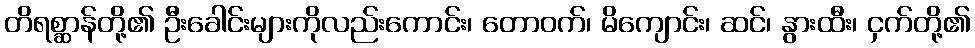
တိရစ္ဆာန်တို့၏ ဦးခေါင်းများကိုလည်းကောင်း၊ တောဝက်၊ မိကျောင်း၊ ဆင်၊ နွားထီး၊ ငှက်တို့၏